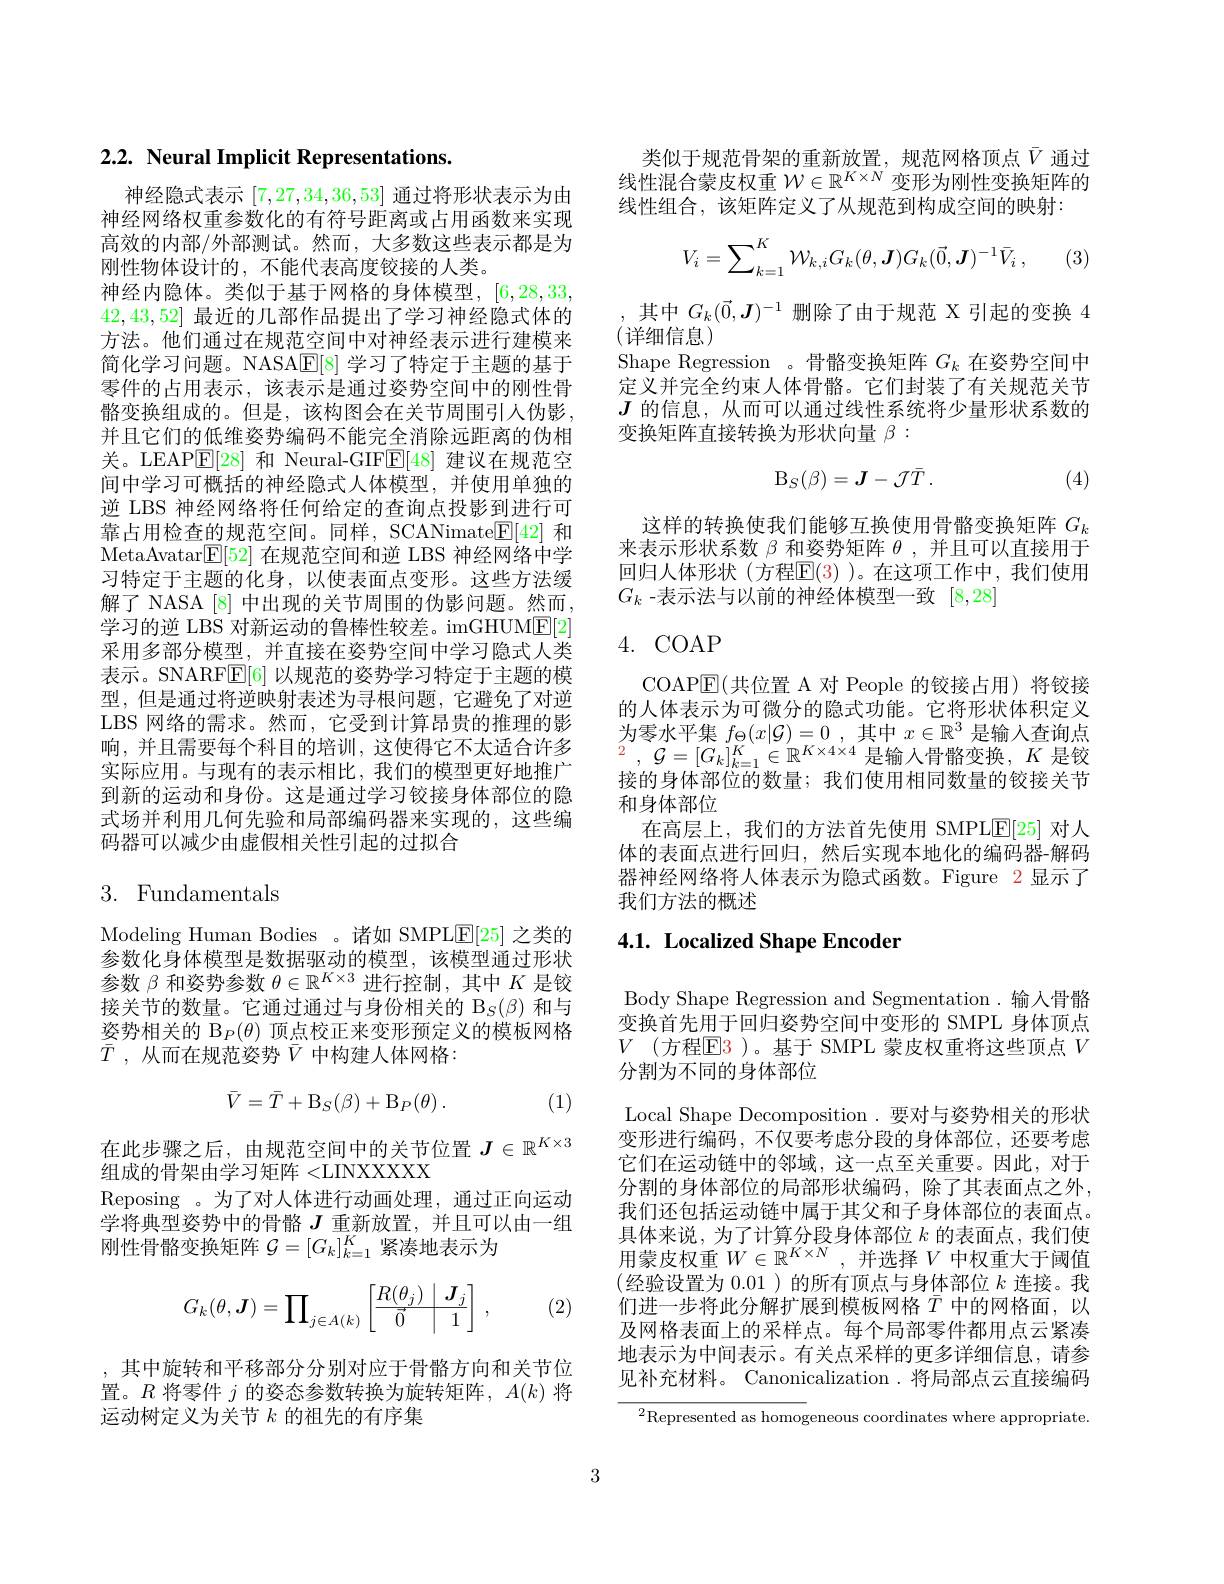
# 2.2. Neural Implicit Representations.

神经隐式表示[7,27,34,36,53]通过将形状表示为由神经网络权重参数化的有符号距离或占用函数来实现高效的内部/外部测试。然而，大多数这些表示都是为刚性物体设计的，不能代表高度较接的人类。
神经内隐体。类似于基于网格的身体模型，[6,28,33, 42,43,52]最近的几部作品提出了学习神经隐式体的方法。他们通过在规范空间中对神经表示进行建模来简化学习问题。NASAE[8]学习了特定于主题的基于零件的占用表示，该表示是通过姿势空间中的刚性骨骼变换组成的。但是，该构图会在关节周围引人伪影， 并且它们的低维姿势编码不能完全消除远距离的伪相关。LEAP$\boxed{\mathrm{E}}[28]$和 Neural-GIF$\boxed{\mathrm{E}}[48]$建议在规范空间中学习可概括的神经隐式人体模型，并使用单独的逆 LBS 神经网络将任何给定的查询点投影到进行可靠占用检查的规范空间。同样，SCANimate$\underline{\mathrm{F}}[42]$和MetaAvatar$\mathbb{E}[52]$在规范空间和逆 LBS 神经网络中学习特定于主题的化身，以使表面点变形。这些方法缓解了 NASA [8] 中出现的关节周围的伪影问题。然而， 学习的逆 LBS 对新运动的鲁棒性较差。imGHUM$\underline{\mathrm{E}}[2]$ 采用多部分模型，并直接在姿势空间中学习隐式人类表示。SNARFE[6] 以规范的姿势学习特定于主题的模型，但是通过将逆映射表述为寻根问题，它避免了对逆LBS 网络的需求。然而，它受到计算昂贵的推理的影响，并且需要每个科目的培训，这使得它不太适合许多实际应用。与现有的表示相比，我们的模型更好地推广到新的运动和身份。这是通过学习铰接身体部位的隐式场并利用几何先验和局部编码器来实现的，这些编码器可以减少由虚假相关性引起的过拟合

# 3. Fundamentals

Modeling Human Bodies 。诸如 SMPLE[25]之类的参数化身体模型是数据驱动的模型，该模型通过形状参数$\beta$和姿势参数$\theta\in\mathbb{R}^K\times3$进行控制，其中$K$是铰接关节的数量。它通过通过与身份相关的$\mathcal{B}_S(\beta)$和与姿势相关的$\mathcal{B}_P(\theta)$顶点校正来变形预定义的模板网格$\bar{T}$ , 从而在规范姿势$\bar{V}$ 中构建人体网格：
$$\bar V=\bar T+\mathrm{B}_S(\beta)+\mathrm{B}_P(\theta)\:.$$
(1)

在此步骤之后，由规范空间中的关节位置$J\in\mathbb{R}^K\times3$
组成的骨架由学习矩阵<LINXXXXX
Reposing 。为了对人体进行动画处理，通过正向运动学将典型姿势中的骨骼$J$重新放置，并且可以由一组刚性骨骼变换矩阵$\mathcal{G}=[G_k]_{k=1}^K$紧凑地表示为
$$G_k(\theta,\boldsymbol J)=\prod_{j\in A(k)}\begin{bmatrix}R(\theta_j)&\boldsymbol J_j\\\hline\vec0&1\end{bmatrix}\:,$$
(2)

,其中旋转和平移部分分别对应于骨骼方向和关节位置。$R$将零件$j$的姿态参数转换为旋转矩阵$,A(k)$将运动树定义为关节$k$的祖先的有序集

类似于规范骨架的重新放置，规范网格顶点$\bar{V}$ 通过线性混合蒙皮权重$\mathcal{W}\in\mathbb{R}^{K\times N}$变形为刚性变换矩阵的线性组合，该矩阵定义了从规范到构成空间的映射：
$$V_{i}=\sum_{k=1}^{K}\mathcal{W}_{k,i}G_{k}(\theta,\boldsymbol{J})G_{k}(\vec{0},\boldsymbol{J})^{-1}\bar{V}_{i}\:,$$
(3)

其中$G_k(\vec{0},\boldsymbol{J})^{-1}$删除了由于规范 X引起的变换 4
(详细信息)
Shape Regression 。骨骼变换矩阵$G_k$在姿势空间中定义并完全约束人体骨骼。它们封装了有关规范关节$J$的信息，从而可以通过线性系统将少量形状系数的变换矩阵直接转换为形状向量$\beta:$
$$\mathrm{B}_{S}(\beta)=J-\mathcal{J}\bar{T}.$$
(4)

这样的转换使我们能够互换使用骨骼变换矩阵$G_k$ 来表示形状系数$\beta$和姿势矩阵$\theta$,并且可以直接用于回归人体形状(方程$\mathbb{E}(3)$ )。在这项工作中，我们使用$G_k$ -表示法与以前的神经体模型一致[8,28]

# 4. COAP

COAP$\mathbb{E}($共位置 A 对 People 的铰接占用)将铰接的人体表示为可微分的隐式功能。它将形状体积定义为零水平集$f_\Theta ( x| \mathcal{G} ) = 0$ ,其中$x\in\mathbb{R}^3$是输入查询点$^{2}$ , $\mathcal{G} = [ G_{k}] _{k= 1}^{K}\in \mathbb{R} ^{K\times 4\times 4}$ 是输入骨骼变换，$K$ 是铰接的身体部位的数量；我们使用相同数量的铰接关节和身体部位
在高层上，我们的方法首先使用 SMPLE[25] 对人体的表面点进行回归，然后实现本地化的编码器-解码器神经网络将人体表示为隐式函数。Figure 2显示了我们方法的概述

# 4.1. Localized Shape Encoder

Body Shape Regression and Segmentation . 输人骨骼变换首先用于回归姿势空间中变形的 SMPL 身体顶点$V$(方程$\mathsf{E}$3)。基于 SMPL 蒙皮权重将这些顶点$V$ 分割为不同的身体部位
Local Shape Decomposition. 要对与姿势相关的形状变形进行编码，不仅要考虑分段的身体部位，还要考虑它们在运动链中的邻域，这一点至关重要。因此，对于分割的身体部位的局部形状编码，除了其表面点之外， 我们还包括运动链中属于其父和子身体部位的表面点。具体来说，为了计算分段身体部位$k$的表面点，我们使用蒙皮权重$W\in\mathbb{R}^{K\times N}$,并选择$V$中权重大于阈值(经验设置为0.01 )的所有顶点与身体部位$k$连接。我们进一步将此分解扩展到模板网格$\bar{T}$中的网格面，以及网格表面上的采样点。每个局部零件都用点云紧凑地表示为中间表示。有关点采样的更多详细信息，请参见补充材料。Canonicalization .将局部点云直接编码

${}^{2}$Represented as homogeneous coordinates where appropriate.

3